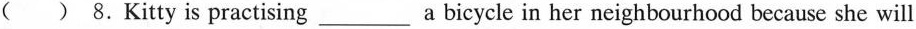
( ) 8.Kitty is practising ___ a bicycle in her neighbourhood because she will